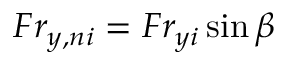
F r _ { y , n i } = F r _ { y i } \sin \beta